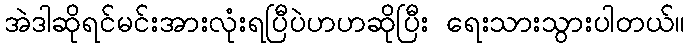
အဲဒါဆိုရင်မင်းအားလုံးရပြီပဲဟဟဆိုပြီး ရေးသားသွားပါတယ်။